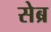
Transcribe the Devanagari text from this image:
सेब्र